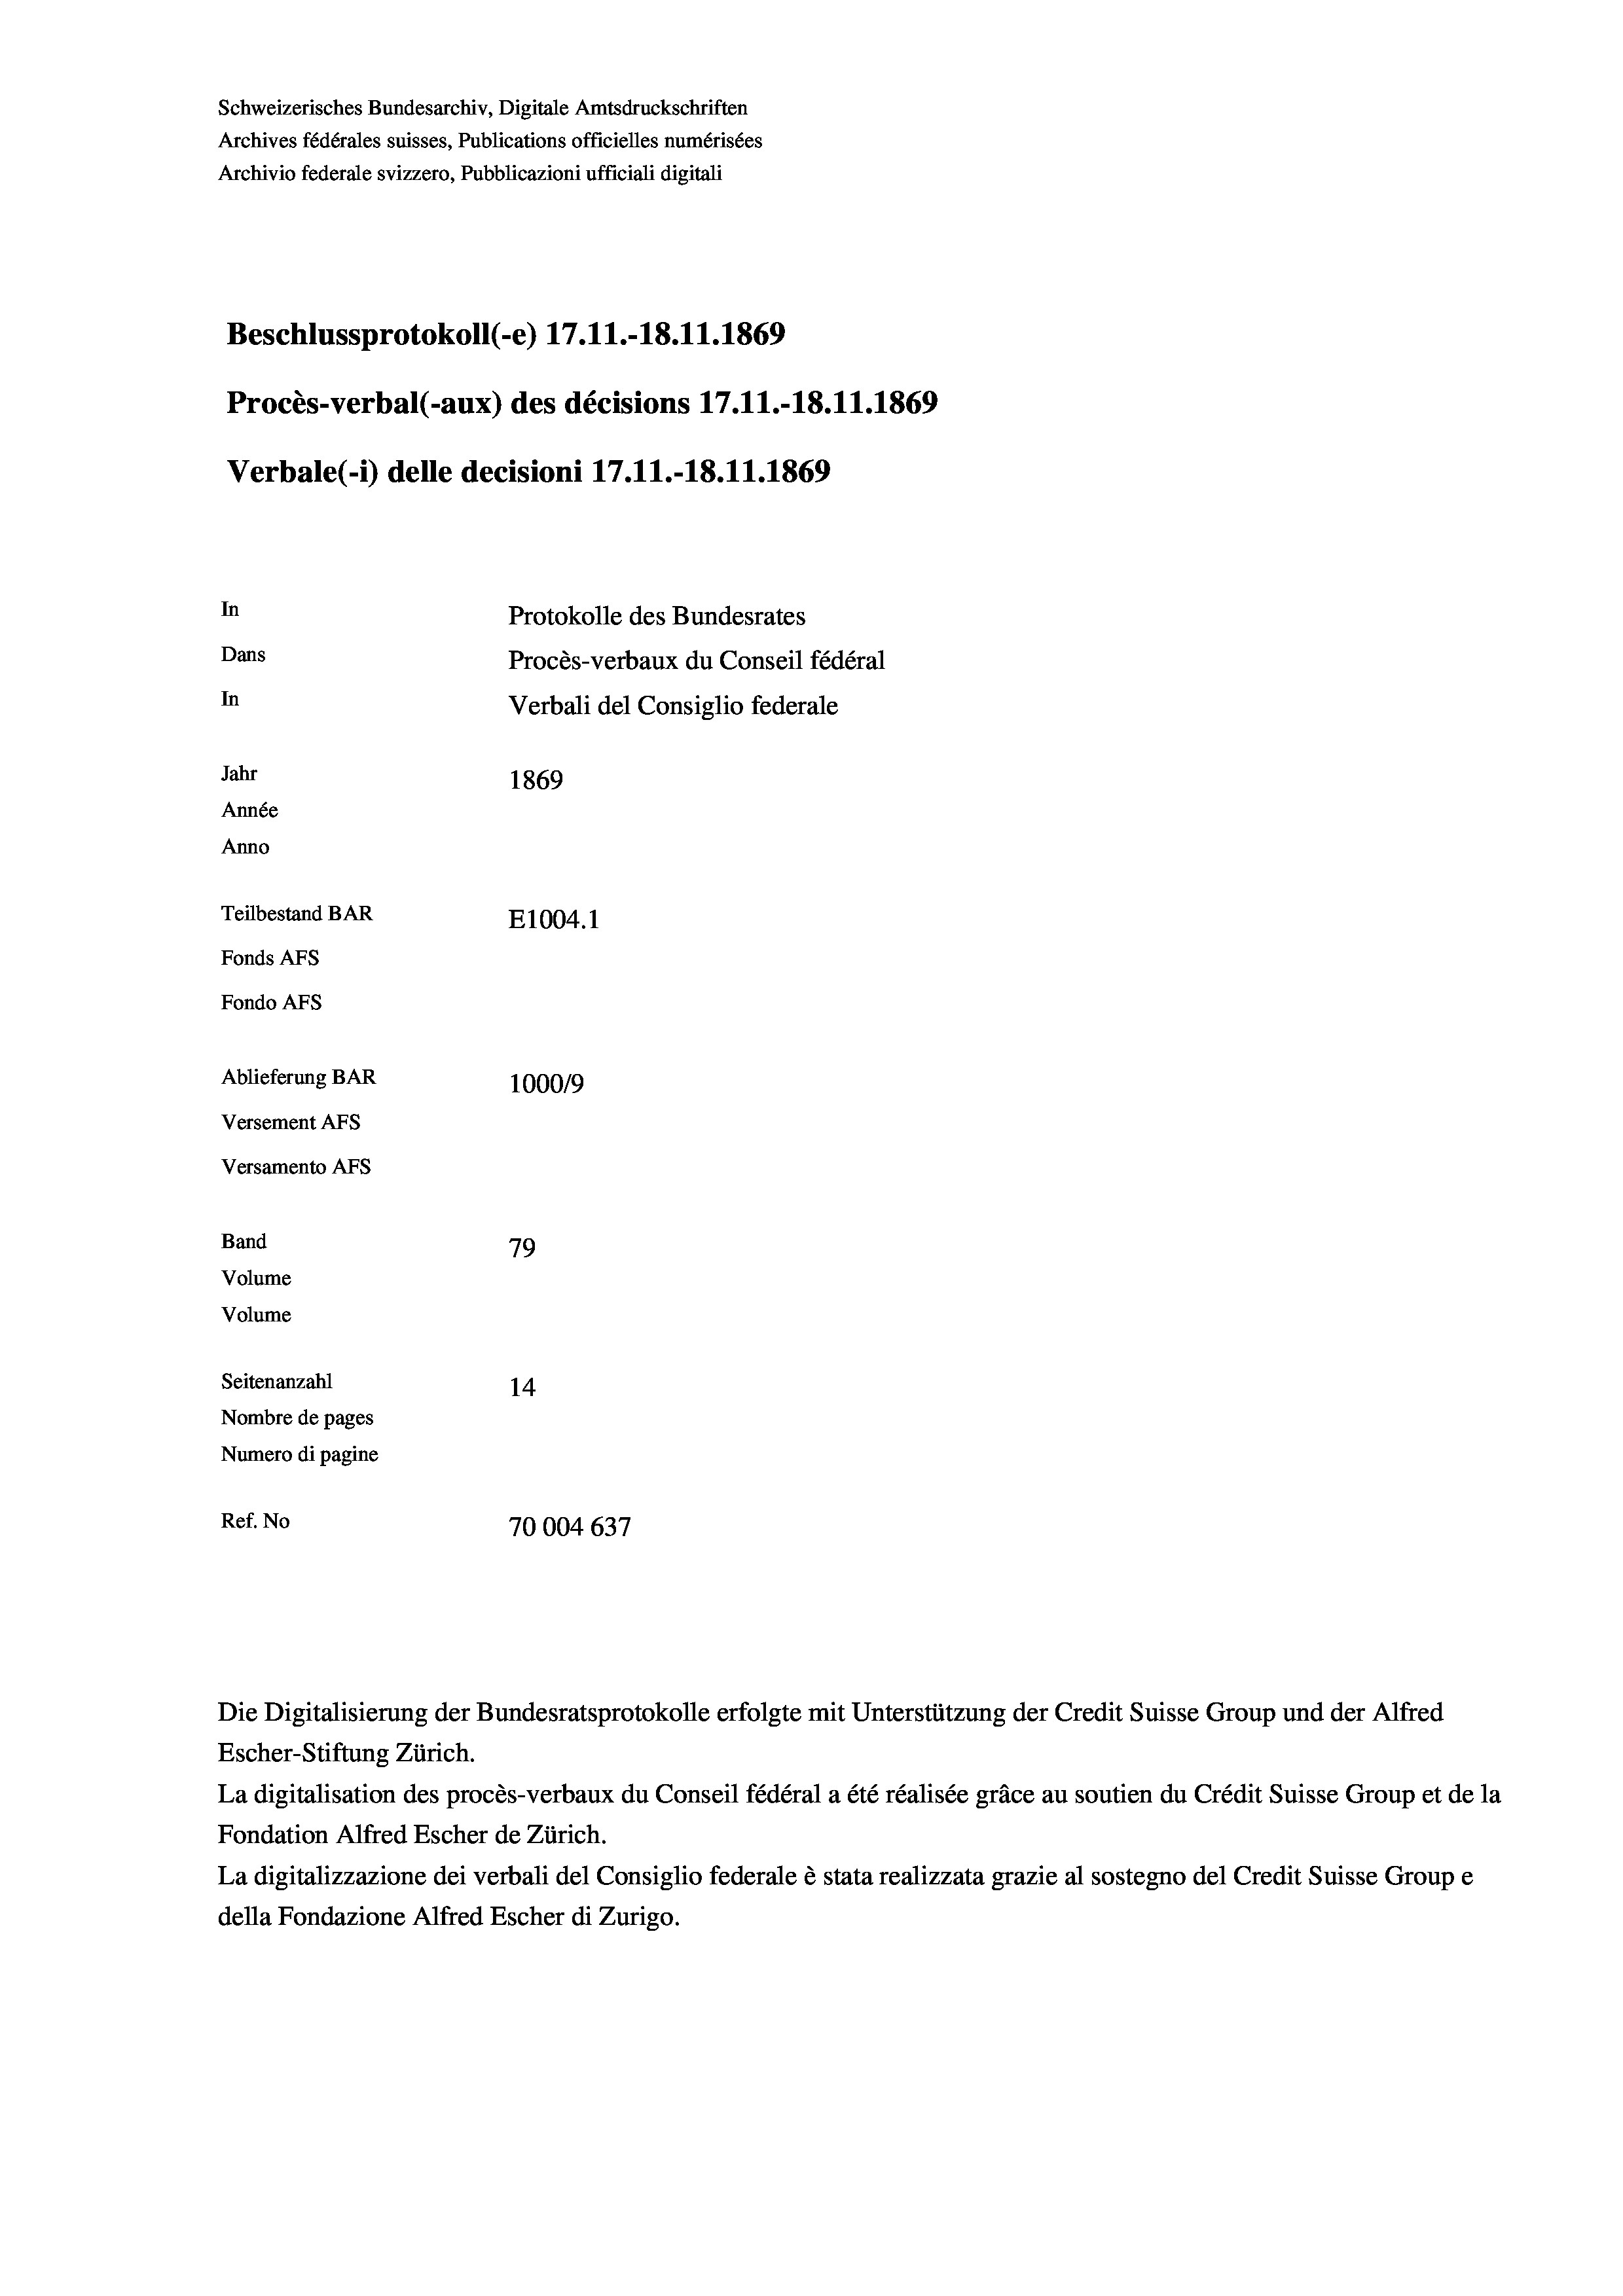
Schweizerisches Bundesarchiv, Digitale Amtsdruckschriften
Archives fédérales suisses, Publications officielles numérisées
Archivio federale svizzero, Pubblicazioni ufficiali digitali
Beschlussprotokoll (-e) 17. 11.-18.11.1869
Procès-verbal (-aux) des décisions 17.11.-18.11.1869
Verbale(-*) delle decisioni 17.11.-18.11.1869
In
Protokolle des Bundesrates
Dans
Procès-verbaux du Conseil fédéral
In
Verbali del Consiglio federale
Jahr
1869
Année
Anno
Teilbestand BAR
E1004. 1
Fonds AFs
Fondo AFS
Ablieferung BAR
100019
Versement AFs
Versamento Afs
Band
79
Volume
Volume
Seitenanzahl
14
Nombre de pages
Numero di pagine
Ref. No
70004 637

La digitalisation des procès-verbaux du Conseil fédéral a été réalisée gräce au soutien du Crédit Suisse Group et de la
Fondation Alfred Escher de Zürich.
La digitalizzazione dei verbali del Consiglio federale è stata realizzata grazie al sostegno del Credit Suisse Groupe
della Fondazione Alfred Escher di Zurigo.

Die Digitalisierung der Bundesratsprotokolle erfolgte mit Unterstützung der Credit Suisse Group und der Alfred
Escher-Stiftung Zürich.